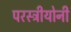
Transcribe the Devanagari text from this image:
परस्त्रीयोनी